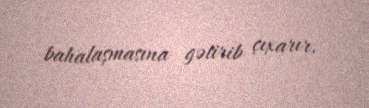
bahalaşmasına gətirib çıxarır.